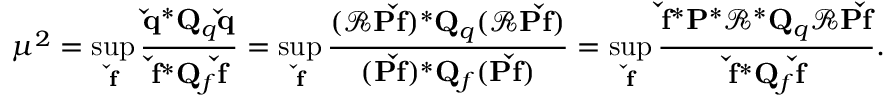
\mu ^ { 2 } = \operatorname* { s u p } _ { \mathbf { \check { f } } } \frac { \mathbf { \check { q } } ^ { * } { \mathbf { Q } _ { q } } \mathbf { \check { q } } } { \mathbf { \check { f } } ^ { * } \mathbf { Q } _ { f } \mathbf { \check { f } } } = \operatorname* { s u p } _ { \mathbf { \check { f } } } \frac { ( \mathbf { \mathcal { R } P \check { f } } ) ^ { * } { \mathbf { Q } _ { q } } ( \mathbf { \mathcal { R } P \check { f } } ) } { ( \mathbf { P \check { f } } ) ^ { * } \mathbf { Q } _ { f } ( \mathbf { P \check { f } } ) } = \operatorname* { s u p } _ { \mathbf { \check { f } } } \frac { \mathbf { \check { f } } ^ { * } \mathbf { P } ^ { * } \mathbf { \mathcal { R } } ^ { * } { \mathbf { Q } _ { q } } \mathbf { \mathcal { R } P \check { f } } } { \mathbf { \check { f } } ^ { * } { \mathbf { Q } _ { f } } \mathbf { \check { f } } } .